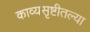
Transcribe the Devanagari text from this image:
काव्यसृष्टीतल्या